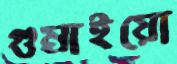
গুম্‌রাইয়ো